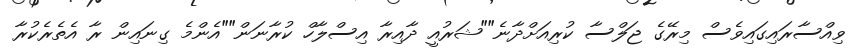
ވިއްސާރައިގައިވެސް މިރޭގެ ޖަލްސާ ކުރިއަށްދާނެ""ޝަރުއީ ދާއިރާ އިސްލާހް ކުރާނަން""އެންމެ ގިނައިން ރާ އެތެރެކުރާ